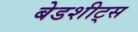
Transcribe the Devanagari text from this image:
बेडशीट्स